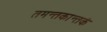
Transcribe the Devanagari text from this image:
तमन्तकान्तकं